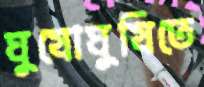
ঘুষোঘুষিতে